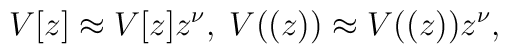
V[z]\approx V[z]z^{\nu},\;V((z))\approx V((z)) z^{\nu},